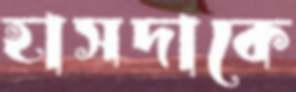
হাসদাকে